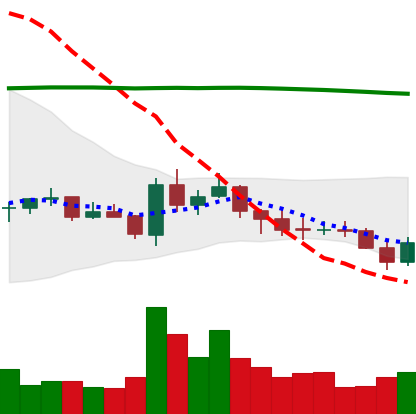
Ticker: EOS-USD
Chart end date: 2021-07-21
Forward return: 5.529%
Label: up_5_7